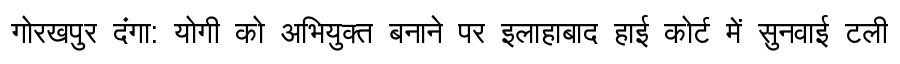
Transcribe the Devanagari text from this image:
गोरखपुर दंगा: योगी को अभियुक्त बनाने पर इलाहाबाद हाई कोर्ट में सुनवाई टली